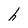
Character: h